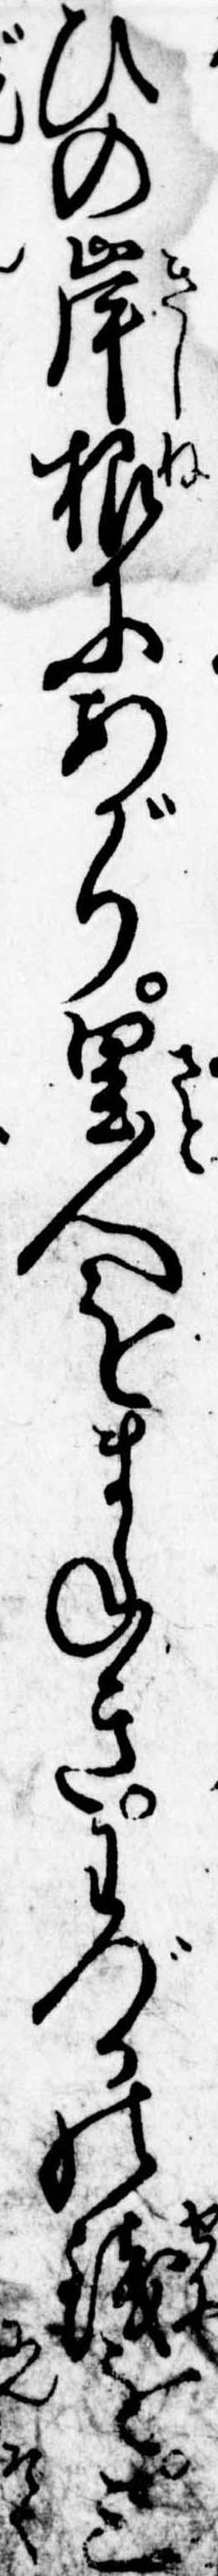
ひの岸根にあがり里人をまねきわづかの銭を三